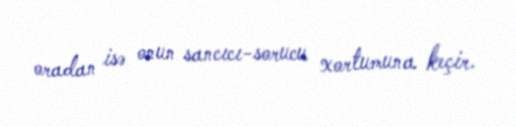
oradan isə onun sancıcı-sorucu xortumuna keçir.